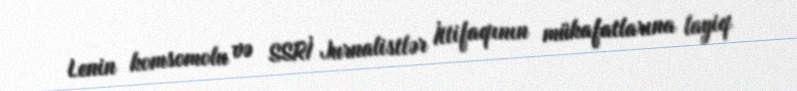
Lenin komsomolu və SSRİ Jurnalistlər İttifaqının mükafatlarına layiq